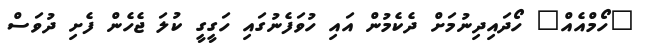
"ހޯމްއެއް" ހޯދައިދިނުމަށް ދެކެމުން އައި ހުވަފެނުގައި ހަގީގީ ކުލަ ޖެހެން ފެށި ދުވަސް